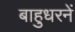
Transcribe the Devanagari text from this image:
बाहुधरनें